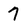
Character: 7